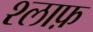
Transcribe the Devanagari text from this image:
श्लाफ़